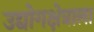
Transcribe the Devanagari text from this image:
उद्योगक्षेत्राला